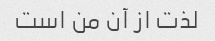
لذت از آن من است